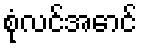
စုံလင်အောင်